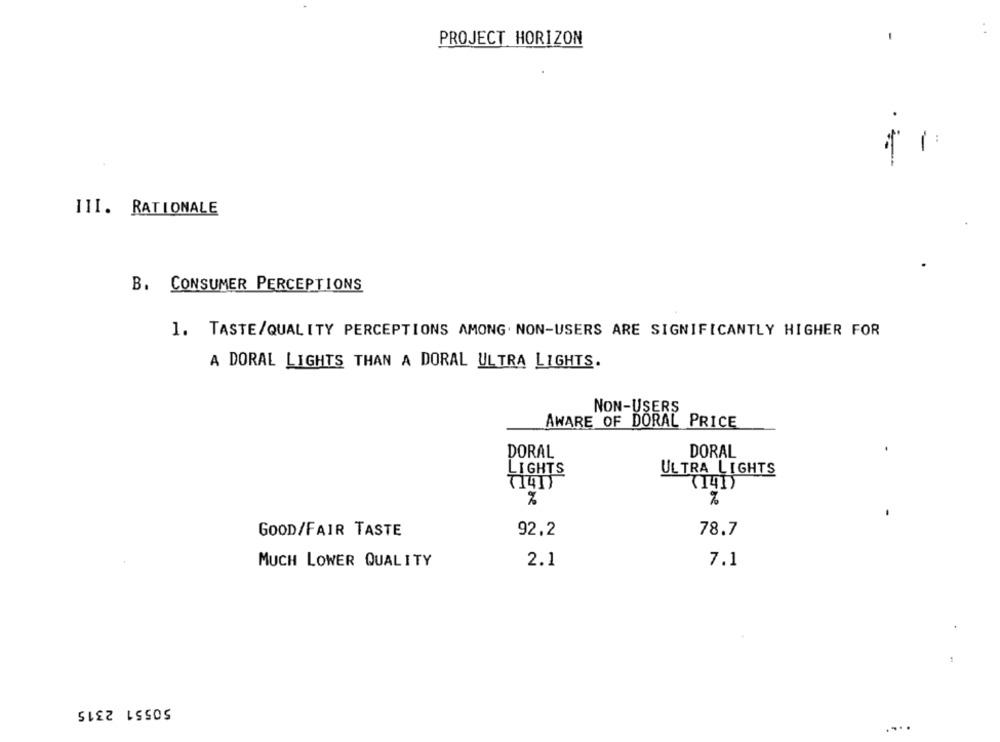
PROJECT HORIZON
-
III. RATIONALE
B. CONSUMER PERCEPTIONS
1. TASTE/QUALITY PERCEPTIONS AMONG. NON-USERS ARE SIGNIFICANTLY HIGHER FOR
A DORAL LIGHTS THAN A DORAL ULTRA LIGHTS.
NON-USERS
AWARE OF DORAL PRICE
DORAL
DORAL
LIGHTS
ULTRA LIGHTS
(141)
%
%
GOOD/FAIR TASTE
92.2
78.7
MUCH LOWER QUALITY
2.1
7.1
50551 2315